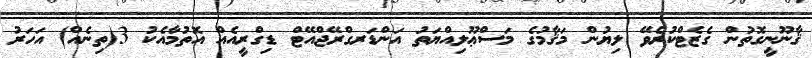
ޤާނޫނީގޮތުން ގެޒެޓްކުރެވޭ ލިޔުން މަޤާމުގެ މަސްޢޫލިއްޔަތު އަންޑަރގްރޭޖްއޭޓް ޑިގްރީއެއް އޮތުމާއެކު 3(ތިނެއް) އަހަރު